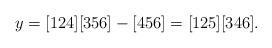
LaTeX: \begin{align*}y = [124][356]-[456] = [125][346]. \end{align*}